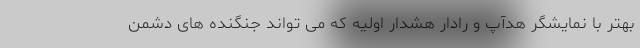
بهتر با نمایشگر هدآپ و رادار هشدار اولیه که می تواند جنگنده های دشمن